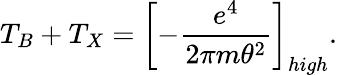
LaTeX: T_{B}+T_{X}=\left[-\frac{e^{4}}{2\pi m\theta^{2}}\right]_{high}.